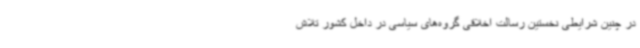
در چنین شرایطی نخستین رسالت اخلاقی گروه‌های سیاسی در داخل کشور تلاش